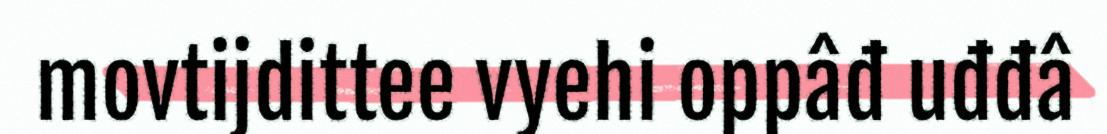
movtijdittee vyehi oppâđ uđđâ